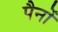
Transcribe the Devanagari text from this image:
पैनों